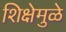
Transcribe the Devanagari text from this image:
शिक्षेमुळे